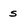
Character: s